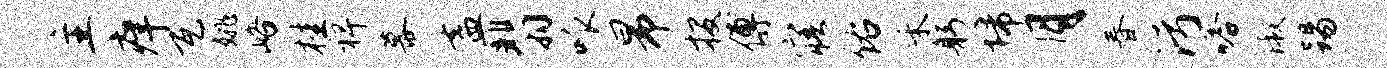
主痒瓦姚峪桂裨幕盍翡呱昂投傅寤佑禾躬埽月春污嗒淑踢